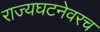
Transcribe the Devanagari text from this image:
राज्यघटनेवरच